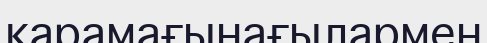
қарамағынағылармен